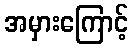
အမှားကြောင့်